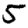
Digit: 5